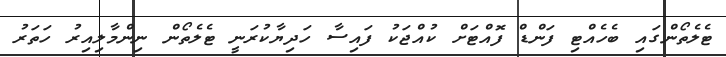
ޓެލެތޯންގައި ބެހެއްޓި ފަންޑް ފޮއްޓަށް ކުއްޖަކު ފައިސާ ހަދިޔާކުރަނީ ޓެލެތޯން ނިންމާލިއިރު ހަތަރު